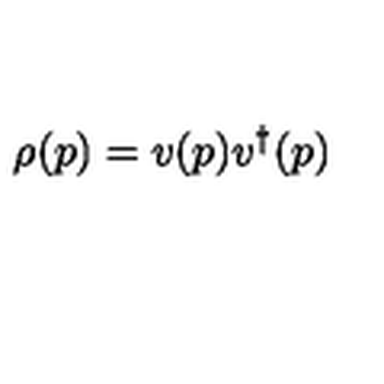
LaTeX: \rho ( p ) = v ( p ) v ^ { \dagger } ( p )